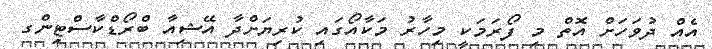
އެއް ދުވަހަށް އޮތް މި ފޯރަމަކީ މިހާރު މަކާއޯގައި ކުރިޔަށްދާ އޭޝިއާ ބްރޯޑްކާސްޓިންގ